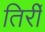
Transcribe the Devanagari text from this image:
तिर्री